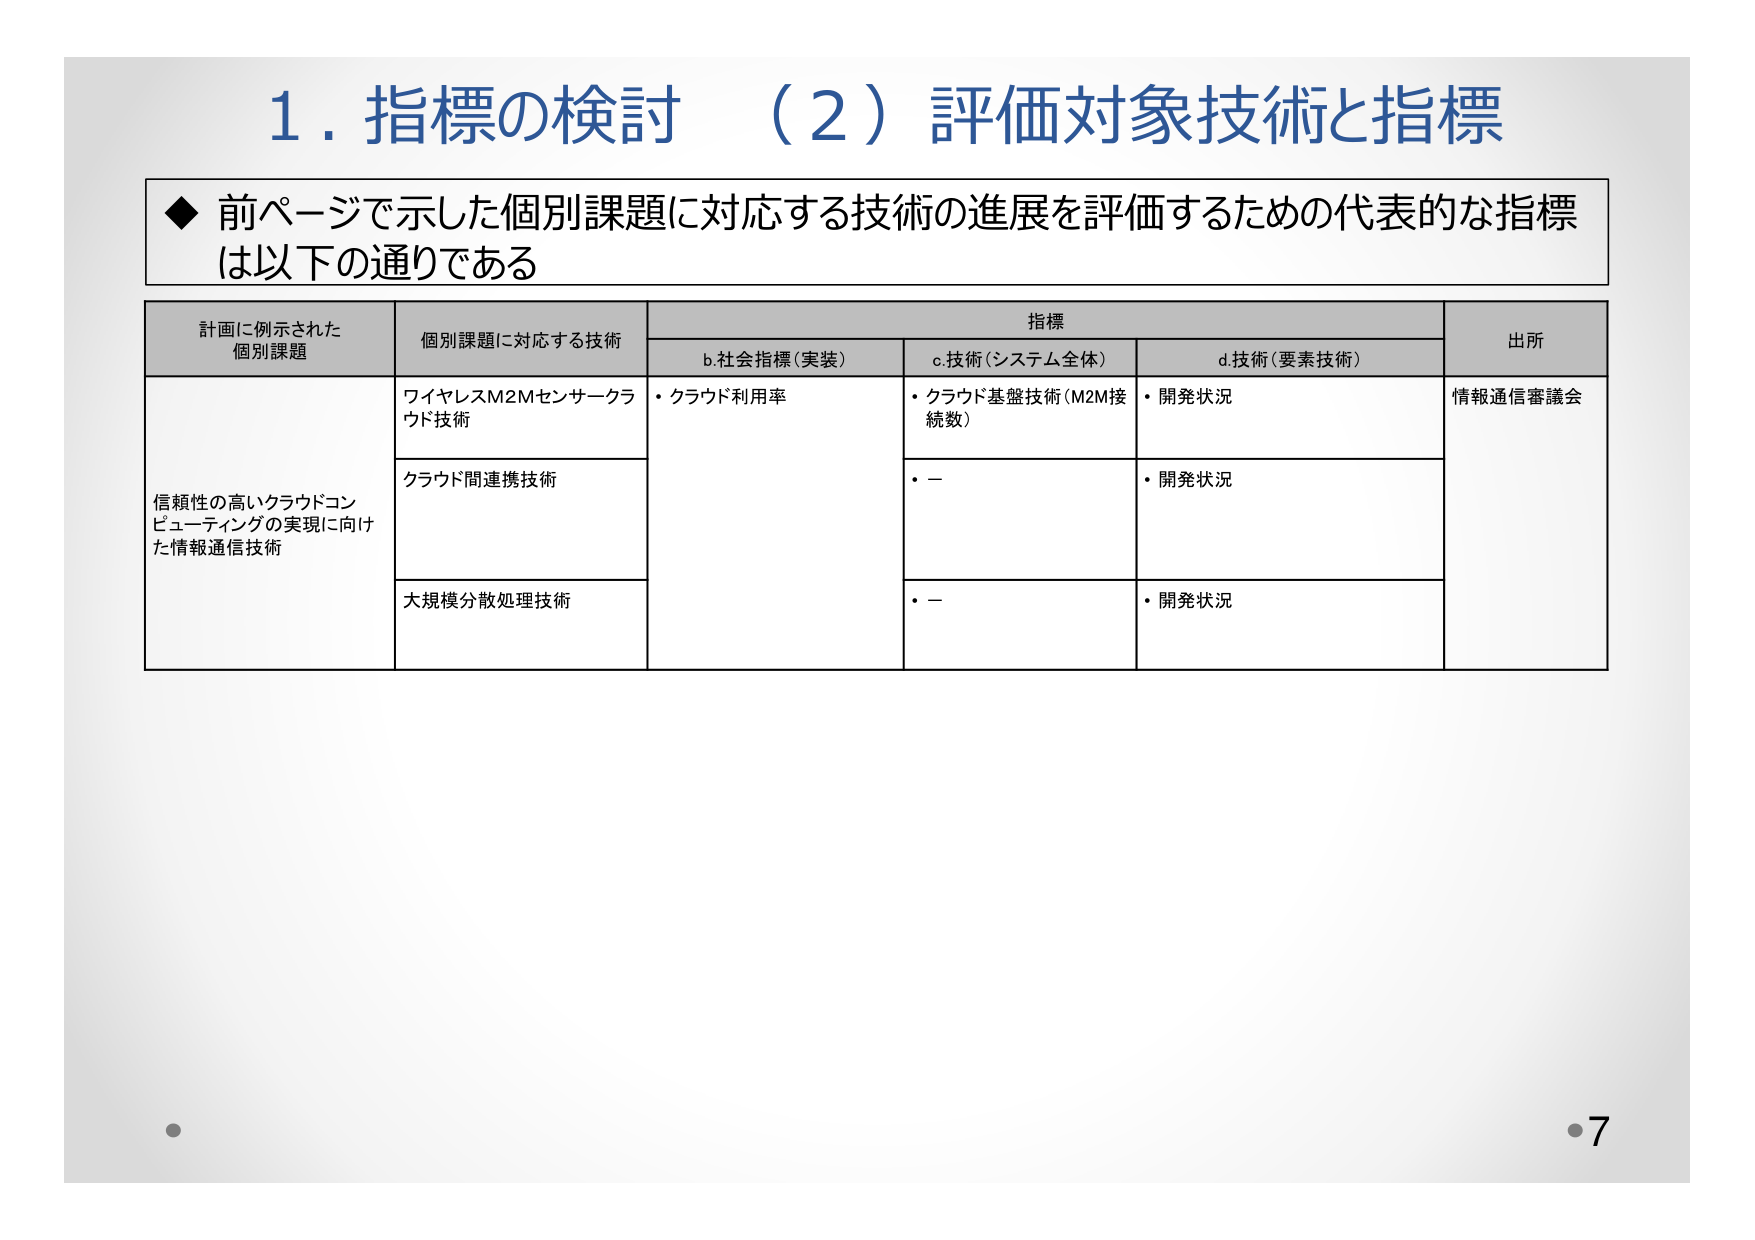
1. 指標の検討 （2）評価対象技術と指標

◆ 前ページで示した個別課題に対応する技術の進展を評価するための代表的な指標は以下の通りである

計画に例示された
個別課題
個別課題に対応する技術
指標
b.社会指標（実装）
c.技術（システム全体）
d.技術（要素技術）
出所

信頼性の高いクラウドコンピューティングの実現に向けた情報通信技術
ワイヤレスM2Mセンサークラウド技術
・クラウド利用率
・クラウド基盤技術（M2M接続数）
・開発状況
情報通信審議会

クラウド間連携技術
・－
・開発状況

大規模分散処理技術
・－
・開発状況

7